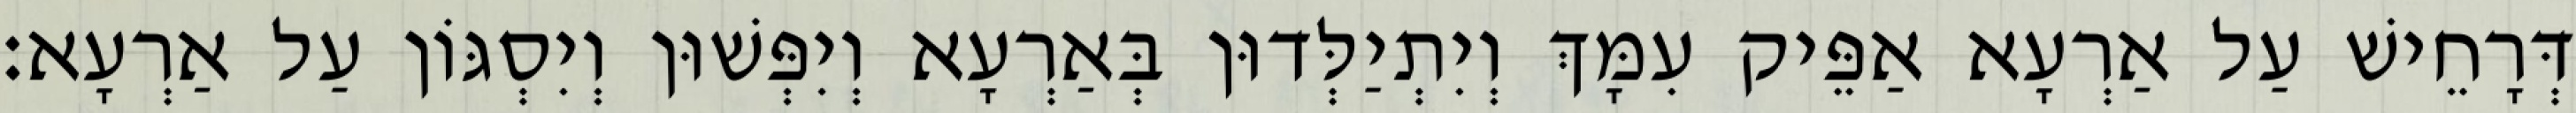
דְּרָחֵישׁ עַל אַרְעָא אַפֵּיק עִמָּךְ וְיִתְיַלְּדוּן בְּאַרְעָא וְיִפְּשׁוּן וְיִסְגּוֹן עַל אַרְעָא׃